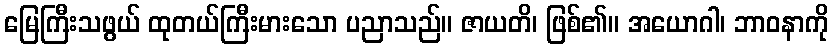
မြေကြီးသဖွယ် ထုတယ်ကြီးမားသော ပညာသည်။ ဇာယတိ၊ ဖြစ်၏။ အယောဂါ၊ ဘာဝနာကို